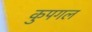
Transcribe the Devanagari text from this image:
कुपगल